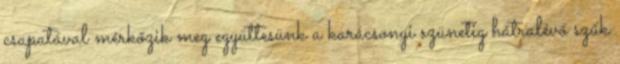
csapatával mérkőzik meg együttesünk a karácsonyi szünetig hátralévő szűk